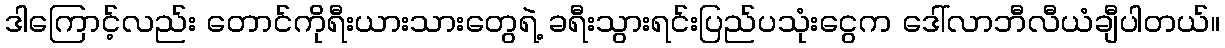
ဒါကြောင့်လည်း တောင်ကိုရီးယားသားတွေရဲ့ ခရီးသွားရင်းပြည်ပသုံးငွေက ဒေါ်လာဘီလီယံချီပါတယ်။